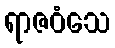
ရာဇဝံသေ